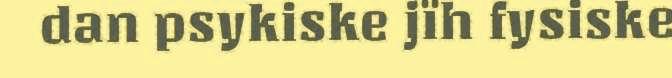
dan psykiske jïh fysiske